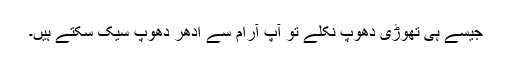
جیسے ہی تھوڑی دھوپ نکلے تو آپ آرام سے ادھر دھوپ سیک سکتے ہیں۔